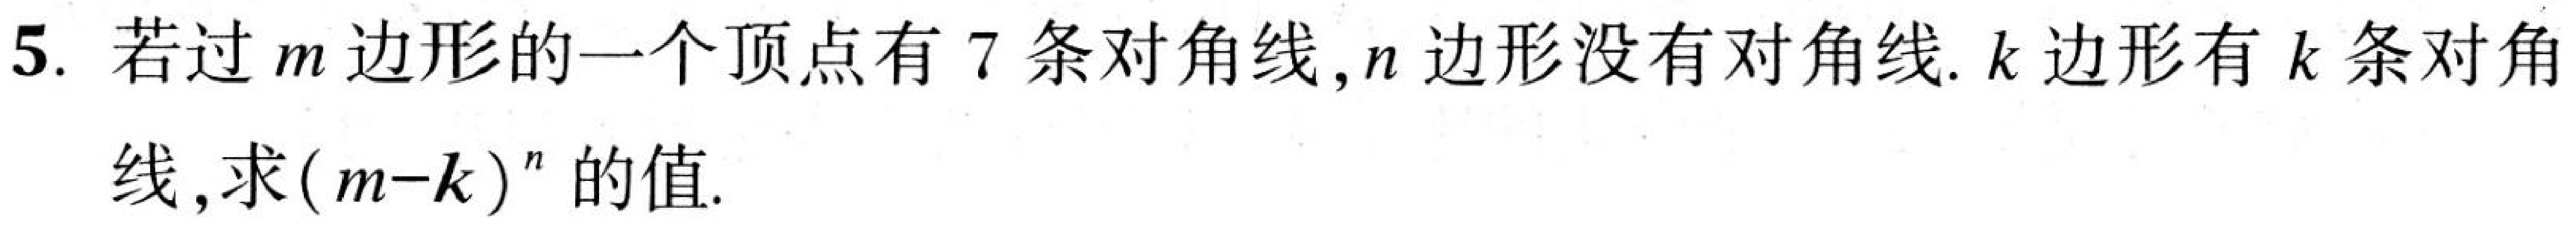
5. 若过\(m\)边形的一个顶点有\(7\)条对角线,\(n\)边形没有对角线,\(k\)边形有\(k\)条对角线,求\((m - k)^{n}\)的值.